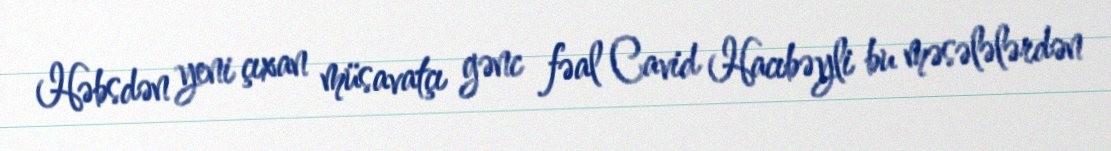
Həbsdən yeni çıxan müsavatçı gənc fəal Cavid Hacıbəyli bu məsələlərdən